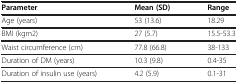
<table><thead><tr><td><b>Parameter</b></td><td><b>Mean (SD)</b></td><td><b>Range</b></td></tr></thead><tbody><tr><td>Age (years)</td><td>53 (13.6)</td><td>18.29</td></tr><tr><td>BMI (kgm2)</td><td>27 (5.7)</td><td>15.5-53.3</td></tr><tr><td>Waist circumference (cm)</td><td>77.8 (66.8)</td><td>38-133</td></tr><tr><td>Duration of DM (years)</td><td>10.3 (9.8)</td><td>0.4-35</td></tr><tr><td>Duration of insulin use (years)</td><td>4.2 (5.9)</td><td>0.1-31</td></tr></tbody></table>